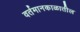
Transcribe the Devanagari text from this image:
वर्तमानकाळातील